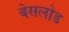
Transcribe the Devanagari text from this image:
बेसलोड